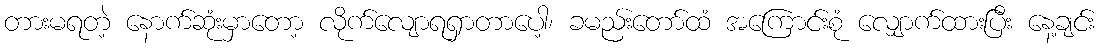
တားမရတဲ့ နောက်ဆုံးမှာတော့ လိုက်လျောရရှာတာပေါ့၊ ခမည်းတော်ထံ အကြောင်းစုံ လျှောက်ထားပြီး နေ့ချင်း